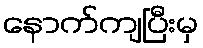
နောက်ကျပြီးမှ